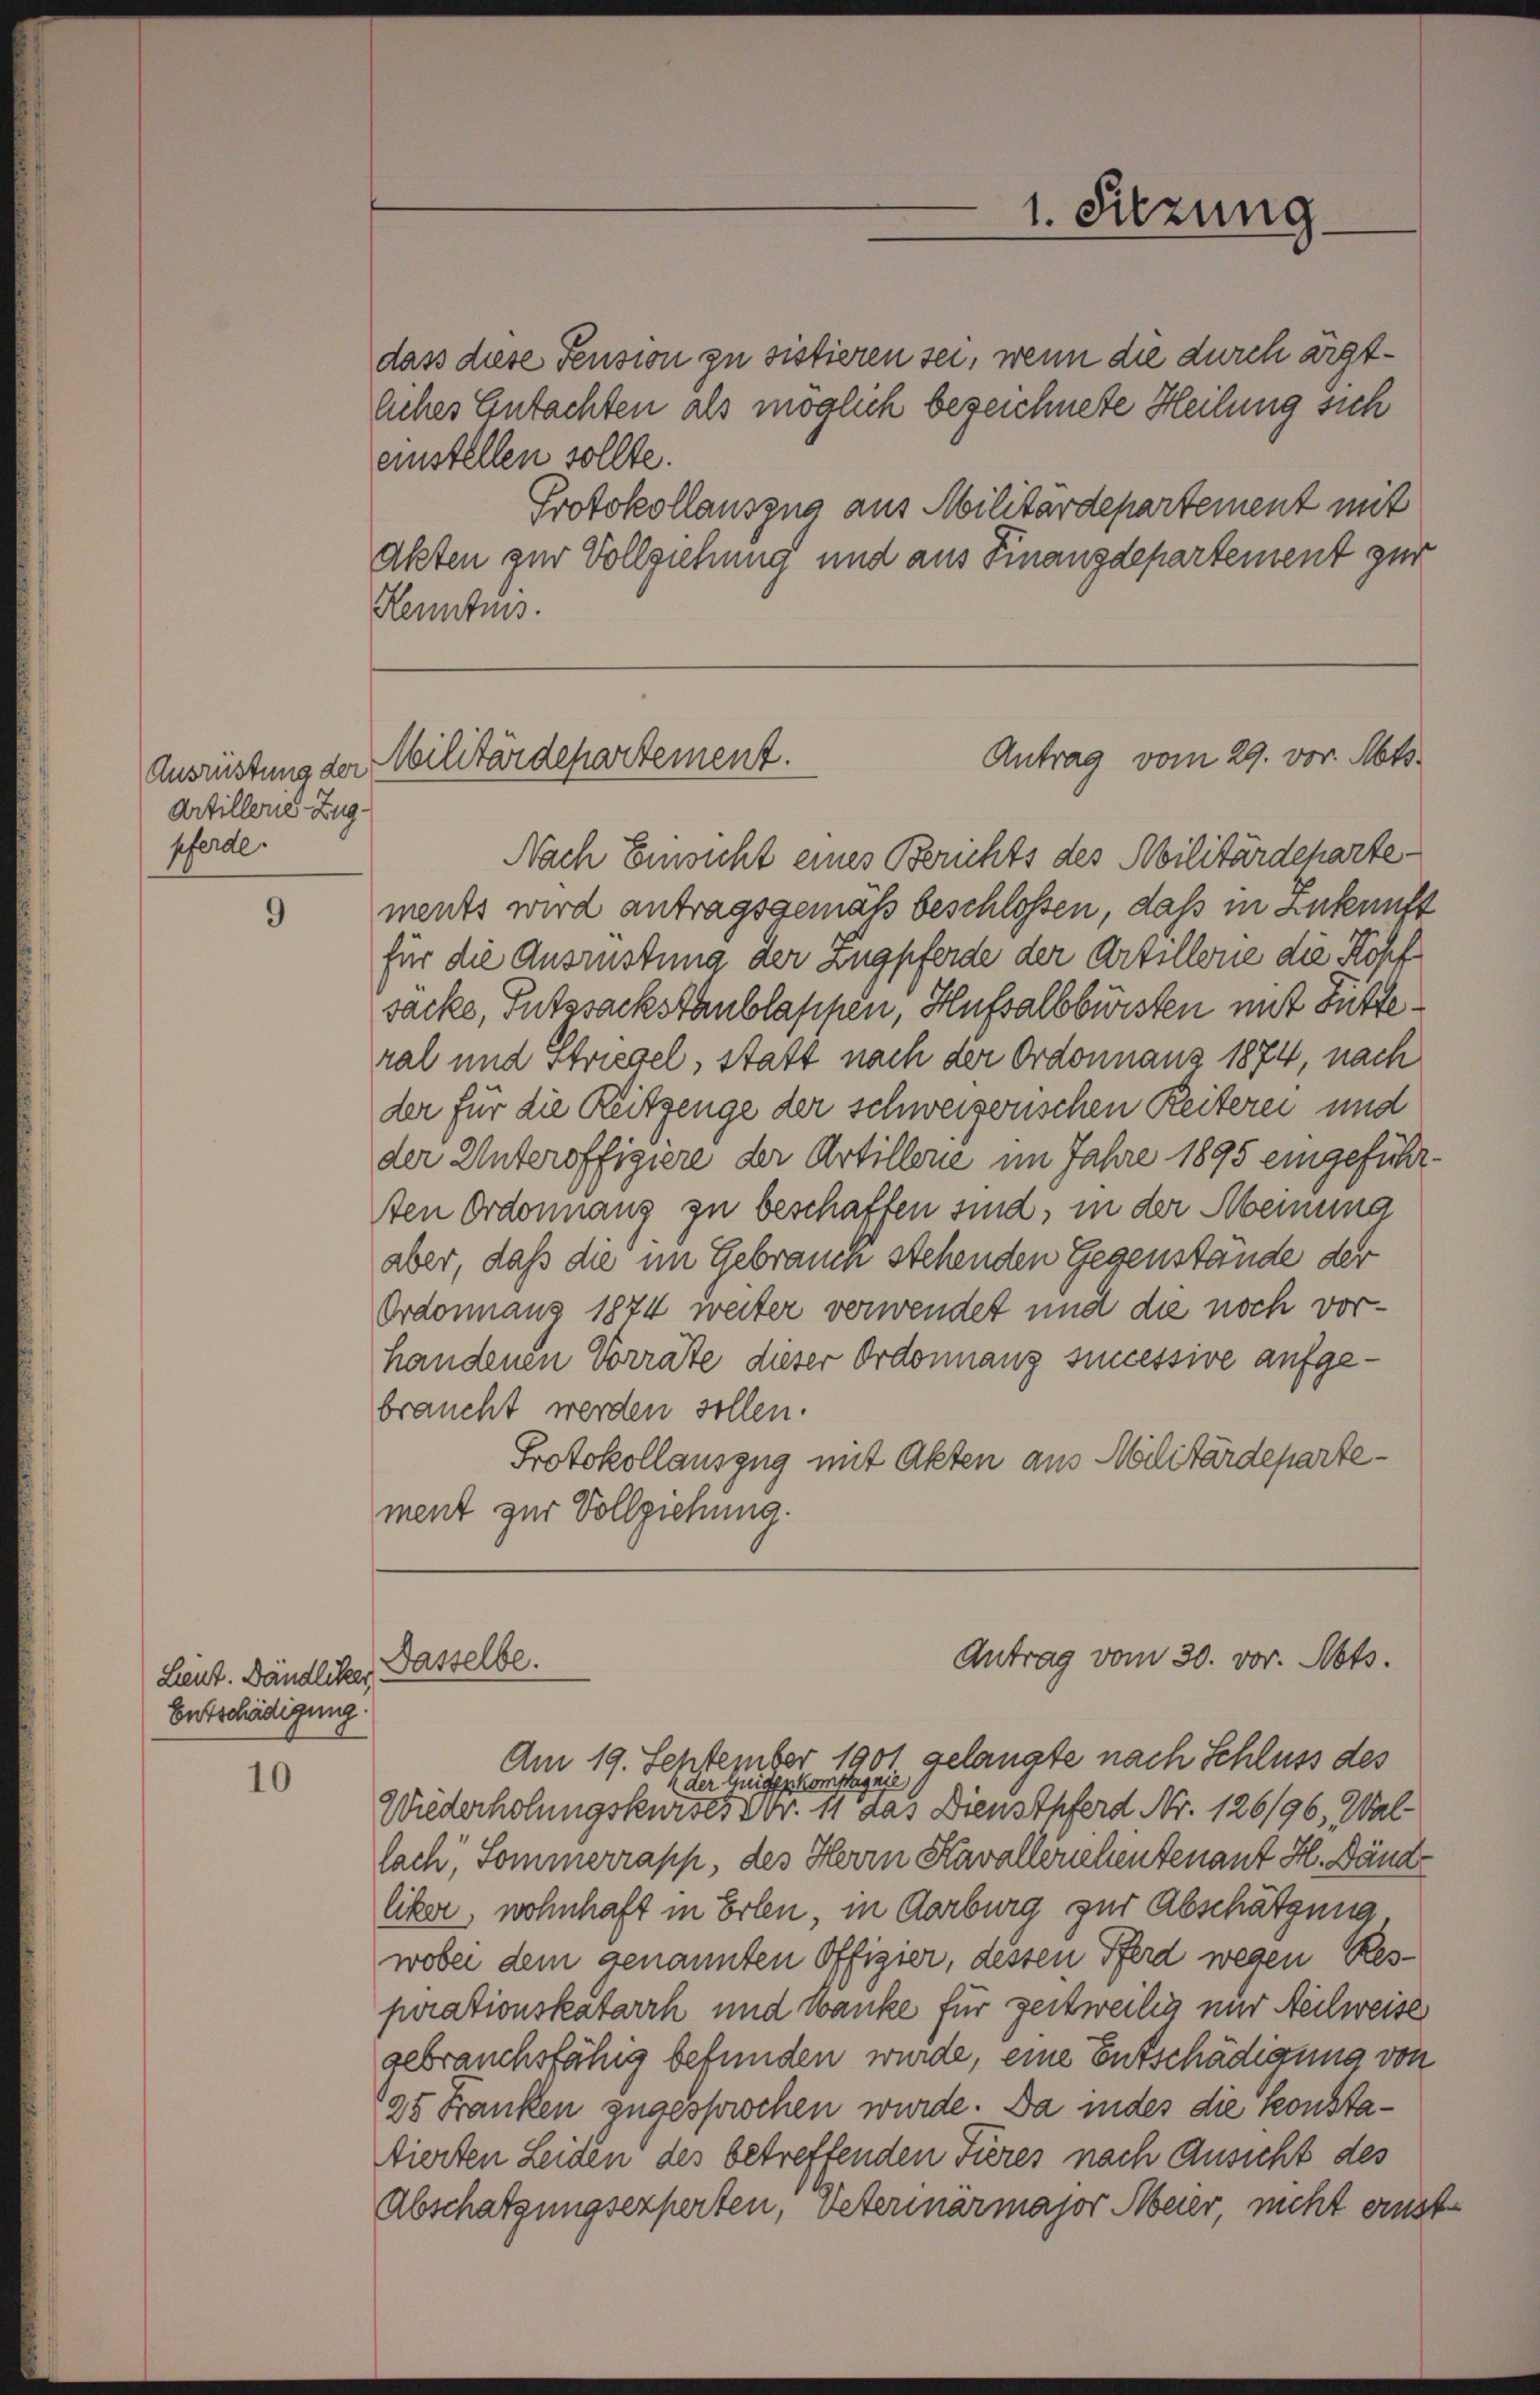
9

10

Artillerie Zug.
pferde.

eustellen sollte.
Kenntnis.

Lieut. Dändliker,
Entschädigung.

Antrag vom 29. vor. Mts.
Ausrüstung der Militärdepartement.

Dasselbe.

dass diese Pension zu sistieren sei, wenn die durch ärgtliches Gutachten als möglich bezeichnete Heilung sich
Protokollauszug aus Militärdepartement mit
Akten zur Vollziehung und aus Finanzdepartement zur

1. Sitzung

Nach Einsicht eines Berichts des Militärdeharte
ments wird antragsgemäß beschlossen, daß in Zukunft
für die Ausrüstung der Zugpferde der Artillonie die Kopf
sacke, Putzsackstanblappen, Hufsalbbürsten mit Fütteral und Striegel, statt nach der Ordonnanz 1874, nach
der für die Reitzenge der schweizerischen Reiterei und
der Unteroffigiere der Artillerie im Jahre 1895 eingeführ¬
Aen Ordonnanz zu beschaffen sind, in der Meinung
aber, daß die im Gebrauch stehenden Gegenstände der
Ordonnanz 1874 weiter verwendet und die noch vorhandenen Vorräte dieser Ordonnanz successive aufgebraucht werden sollen.
Protokollauszug mit Akten aus Militärdepartement zur Vollziehung.

Antrag vom 30. vor. Mts.

Am 19. September 1901 gelangte nach Schluss des
4 der Weigen kompagnie
Wiederholungskurses Nr. 11 das Dienstpferd Nr. 126/96, Wallach, Sommerrapp, des Herrn Kavallerichentenant H. Dändliker, wohnhaft in Erlen, in Aarburg zur Abschätzung
wobei dem genannten Offizier, dessen Pferd wegen Resperationskatarrh und wanke für zeitweilig nur Neilweise
gebrauchsfähig befunden wurde, eine Entschädigung von
25 Franken zugesprochen wurde. Da indes die konstatierten Leiden des betreffenden Tieres nach Ansicht des
Abschatzungsexperten, veterinärmajor Meier, nicht ernst¬